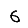
Digit: 6